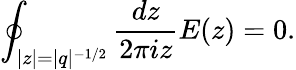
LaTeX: \oint_{|z|=|q|^{-1/2}}\frac{dz}{2\pi iz}E(z)=0.